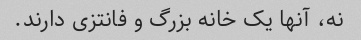
نه، آنها یک خانه بزرگ و فانتزی دارند.